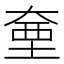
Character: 𭑗